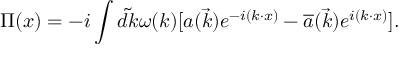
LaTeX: \Pi ( x ) = - i \int \tilde { d k } \omega ( k ) [ a ( \vec { k } ) e ^ { - i ( k \cdot x ) } - { \overline { { { a } } } } ( \vec { k } ) e ^ { i ( k \cdot x ) } ] .